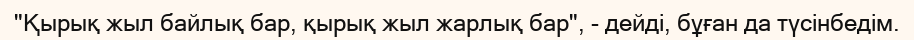
"Қырық жыл байлық бар, қырық жыл жарлық бар", - дейді, бұған да түсінбедім.